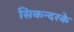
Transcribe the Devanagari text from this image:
सिकन्दरके